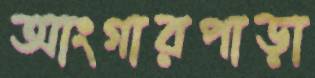
আংগারপাড়া